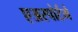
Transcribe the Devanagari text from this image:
एअरपोर्टमे